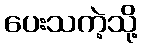
ပေးသကဲ့သို့